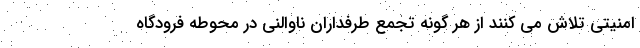
امنیتی تلاش می کنند از هر گونه تجمع طرفداران ناوالنی در محوطه فرودگاه